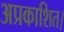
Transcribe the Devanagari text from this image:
अप्रकाशित।